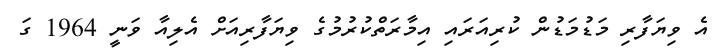
އެ ވިޔަފާރި މަޑުމަޑުން ކުރިއަރައި އިމާރަތްކުރުމުގެ ވިޔަފާރިއަށް އެލިއާ ވަނީ 1964 ގަ